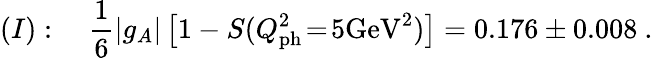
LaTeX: (I):\quad\frac{1}{6}|g_{A}|\left[1-S(Q_{\mathrm{ph}}^{2}\! =\! 5\mathrm{GeV}^{2})\right]=0.176\pm 0.008\ .